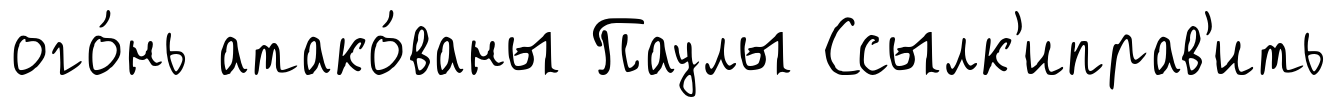
ого́нь атако́ваны Паулы Ссылк'иправ'ить